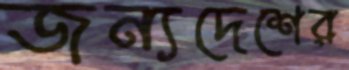
জন্যদেশের